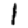
Digit: 1